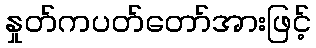
နှုတ်ကပတ်တော်အားဖြင့်